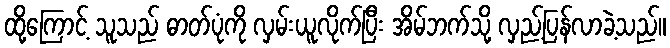
ထို့ကြောင့် သူသည် ဓာတ်ပုံကို လှမ်းယူလိုက်ပြီး အိမ်ဘက်သို့ လှည့်ပြန်လာခဲ့သည်။